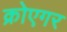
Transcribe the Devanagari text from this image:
क्रोएगर